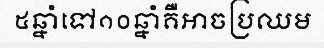
៥ឆ្នាំទៅ១០ឆ្នាំគឺអាចប្រឈម